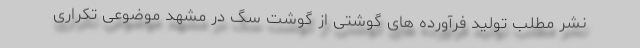
نشر مطلب تولید فرآورده های گوشتی از گوشت سگ در مشهد موضوعی تکراری